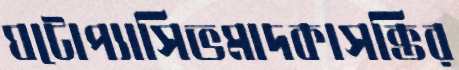
ঘটোপ্যাসিভমাদকাসক্তির